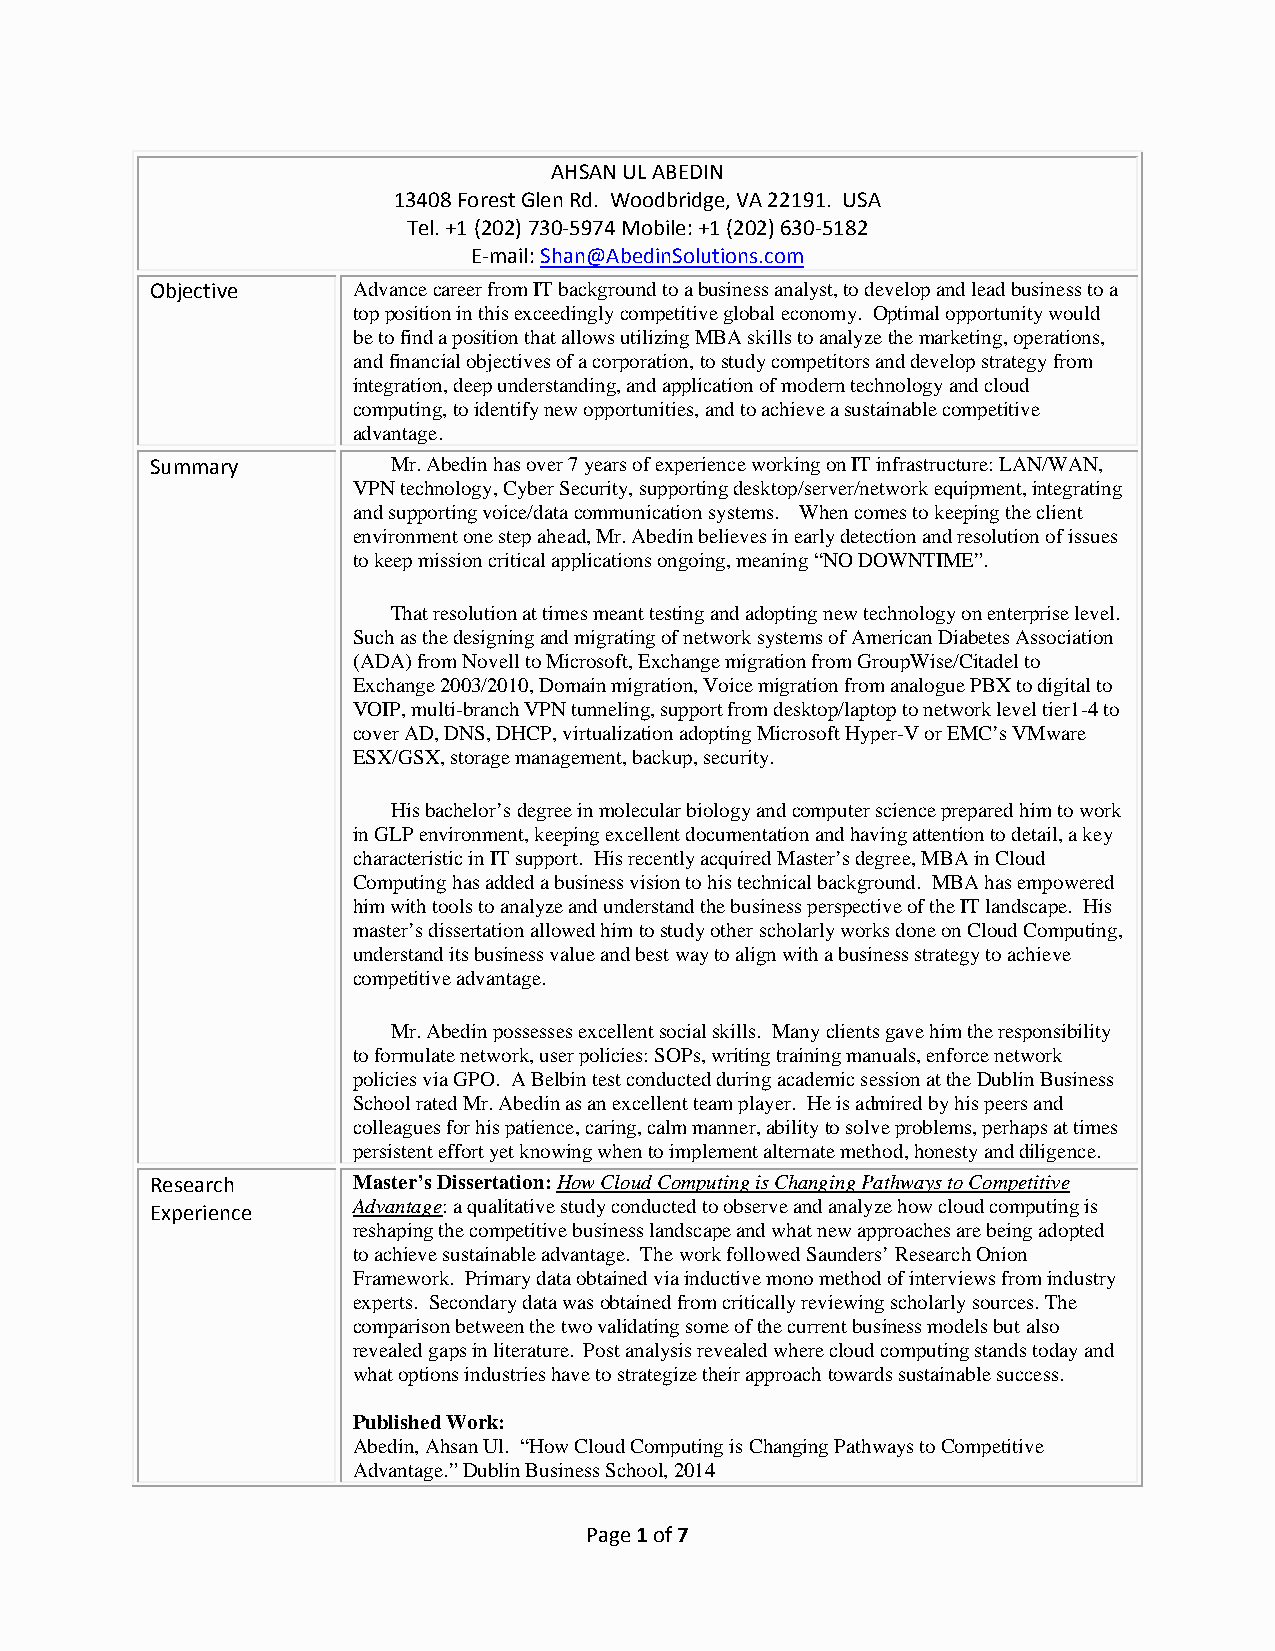
AHSAN UL ABEDIN
 13408 Forest Glen Rd. Woodbridge, VA 22191. USA
 Tel. +1 (202) 730-5974 Mobile: +1 (202) 630-5182
 E-mail: Shan@AbedinSolutions.com
 Objective    Advance career from IT background to a business analyst, to develop and lead business to a
 top position in this exceedingly competitive global economy. Optimal opportunity would
 be to find a position that allows utilizing MBA skills to analyze the marketing, operations,
 and financial objectives of a corporation, to study competitors and develop strategy from
 integration, deep understanding, and application of modern technology and cloud
 computing, to identify new opportunities, and to achieve a sustainable competitive
 advantage.
 Summary         Mr. Abedin has over 7 years of experience working on IT infrastructure: LAN/WAN,
 VPN technology, Cyber Security, supporting desktop/server/network equipment, integrating
 and supporting voice/data communication systems. When comes to keeping the client
 environment one step ahead, Mr. Abedin believes in early detection and resolution of issues
 to keep mission critical applications ongoing, meaning “NO DOWNTIME”.
 That resolution at times meant testing and adopting new technology on enterprise level.
 Such as the designing and migrating of network systems of American Diabetes Association
 (ADA) from Novell to Microsoft, Exchange migration from GroupWise/Citadel to
 Exchange 2003/2010, Domain migration, Voice migration from analogue PBX to digital to
 VOIP, multi-branch VPN tunneling, support from desktop/laptop to network level tier1-4 to
 cover AD, DNS, DHCP, virtualization adopting Microsoft Hyper-V or EMC’s VMware
 ESX/GSX, storage management, backup, security.
 His bachelor’s degree in molecular biology and computer science prepared him to work
 in GLP environment, keeping excellent documentation and having attention to detail, a key
 characteristic in IT support. His recently acquired Master’s degree, MBA in Cloud
 Computing has added a business vision to his technical background. MBA has empowered
 him with tools to analyze and understand the business perspective of the IT landscape. His
 master’s dissertation allowed him to study other scholarly works done on Cloud Computing,
 understand its business value and best way to align with a business strategy to achieve
 competitive advantage.
 Mr. Abedin possesses excellent social skills. Many clients gave him the responsibility
 to formulate network, user policies: SOPs, writing training manuals, enforce network
 policies via GPO. A Belbin test conducted during academic session at the Dublin Business
 School rated Mr. Abedin as an excellent team player. He is admired by his peers and
 colleagues for his patience, caring, calm manner, ability to solve problems, perhaps at times
 persistent effort yet knowing when to implement alternate method, honesty and diligence.
 Research     Master’s Dissertation: How Cloud Computing is Changing Pathways to Competitive
 Experience   Advantage: a qualitative study conducted to observe and analyze how cloud computing is
 reshaping the competitive business landscape and what new approaches are being adopted
 to achieve sustainable advantage. The work followed Saunders’ Research Onion
 Framework. Primary data obtained via inductive mono method of interviews from industry
 experts. Secondary data was obtained from critically reviewing scholarly sources. The
 comparison between the two validating some of the current business models but also
 revealed gaps in literature. Post analysis revealed where cloud computing stands today and
 what options industries have to strategize their approach towards sustainable success.
 Published Work:
 Abedin, Ahsan Ul. “How Cloud Computing is Changing Pathways to Competitive
 Advantage.” Dublin Business School, 2014
 Page 1 of 7